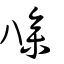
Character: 𠔭